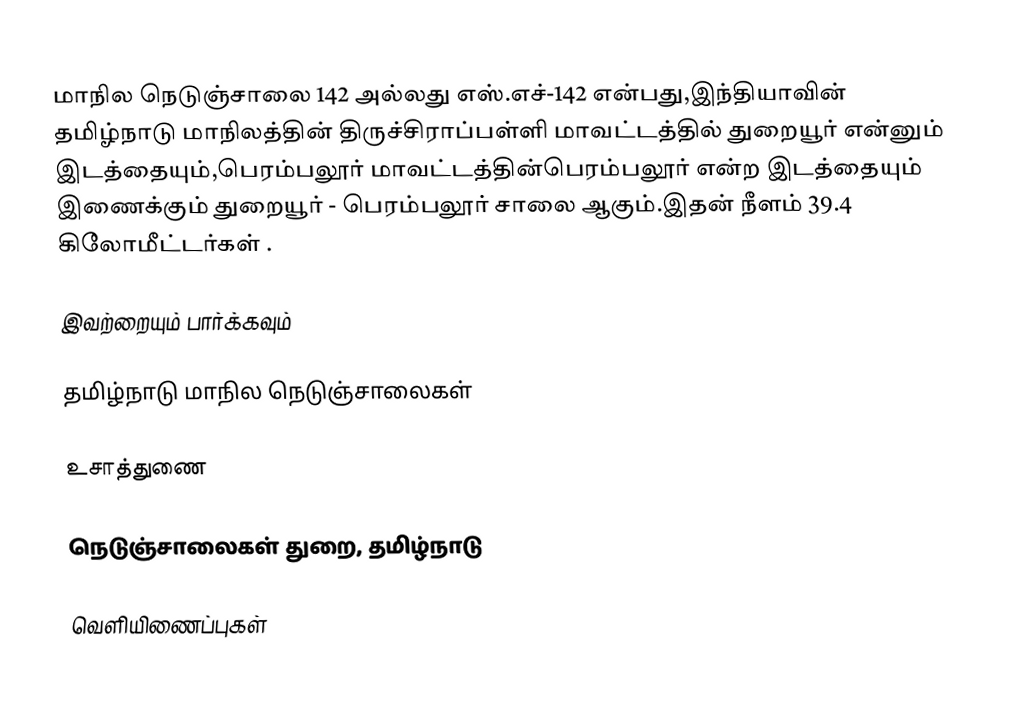
மாநில நெடுஞ்சாலை 142 அல்லது எஸ்.எச்-142  என்பது,இந்தியாவின் தமிழ்நாடு மாநிலத்தின்  திருச்சிராப்பள்ளி மாவட்டத்தில்  துறையூர்  என்னும் இடத்தையும்,பெரம்பலூர் மாவட்டத்தின்பெரம்பலூர்  என்ற இடத்தையும் இணைக்கும் துறையூர் - பெரம்பலூர் சாலை ஆகும்.இதன் நீளம் 39.4  கிலோமீட்டர்கள் .

இவற்றையும் பார்க்கவும்

 தமிழ்நாடு மாநில நெடுஞ்சாலைகள்

உசாத்துணை

 நெடுஞ்சாலைகள் துறை, தமிழ்நாடு

வெளியிணைப்புகள்